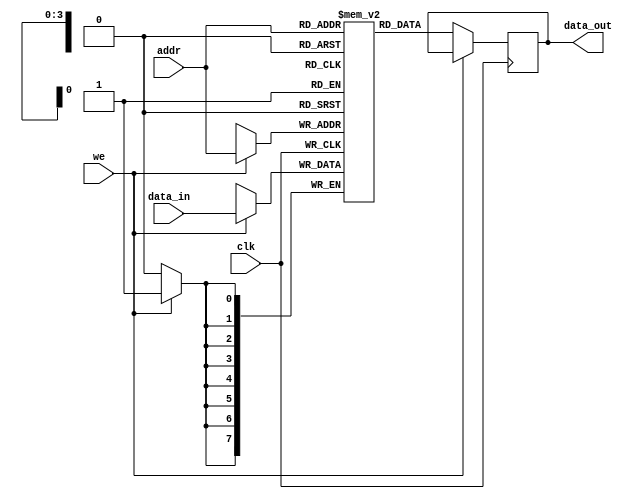
module ParameterizedRAM #(
    parameter DATA_WIDTH = 8,       // Width of each memory word
    parameter ADDR_WIDTH = 4        // Address width (2^ADDR_WIDTH locations)
)(
    input wire clk,                  // Clock signal
    input wire we,                   // Write enable (active high)
    input wire [ADDR_WIDTH-1:0] addr,// Address input
    input wire [DATA_WIDTH-1:0] data_in,// Data input for writing
    output reg [DATA_WIDTH-1:0] data_out // Data output for reading
);

    // Memory array declaration
    reg [DATA_WIDTH-1:0] mem [(2**ADDR_WIDTH)-1:0];

    // Synchronous read and write operation
    always @(posedge clk) begin
        if (we) begin
            // Write operation
            mem[addr] <= data_in;
        end else begin
            // Read operation
            data_out <= mem[addr];
        end
    end

    // Optional: Asynchronous read (uncomment if needed)
    /*
    always @(*) begin
        if (!we) begin
            data_out = mem[addr];
        end
    end
    */

    // Optional: Reset functionality (uncomment if needed)
    /*
    input wire rst; // Asynchronous reset
    always @(posedge clk or posedge rst) begin
        if (rst) begin
            // Initialize memory to zero (or any predefined value)
            integer i;
            for (i = 0; i < (2**ADDR_WIDTH); i = i + 1) begin
                mem[i] <= {DATA_WIDTH{1'b0}};
            end
        end else if (we) begin
            // Write operation
            mem[addr] <= data_in;
        end else begin
            // Read operation
            data_out <= mem[addr];
        end
    end
    */

endmodule